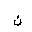
Letter: _non